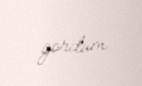
gördüm.